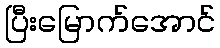
ပြီးမြောက်အောင်